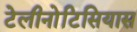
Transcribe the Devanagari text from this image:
टेलीनोटिसियास